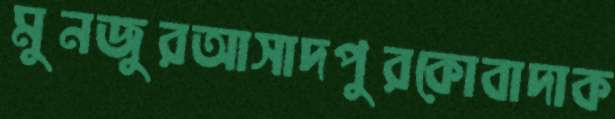
মুনজুরআসাদপুরকোবাদাক